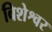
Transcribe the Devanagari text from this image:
बिशेश्वर